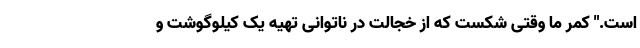
است." کمر ما وقتی شکست که از خجالت در ناتوانی تهیه یک کیلوگوشت و